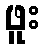
ဖူး